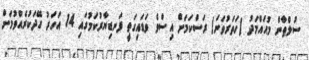
ސުލްޠާން މުޙައްމަދު (ހަތަރުވަނަ) ރަސްކަމަށް އިސްވެ ވަޑައިގަތީ ފަނޑިޔާރުކަމުގައި 14 އަހަރު ހޭދަކުރެއްވުމަށް